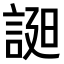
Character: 𧨓